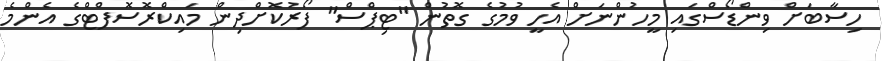
ހިސާބަށް ވިންޑޯސްގައި މީހުންނަށް އެހީ ވުމުގެ ގޮތުން "ޓިޕްސް" ފޯރުކޮށްދިން މައިކްރޮސޮފްޓްގެ އެންމެ